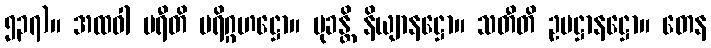
၅၃၇)။ အထဝါ ပရီတိ ပရိဂ္ဂဟဋ္ဌော။ မုခန္တိ နိယျာနဋ္ဌော။ သတီတိ ဥပဋ္ဌာနဋ္ဌော။ တေန